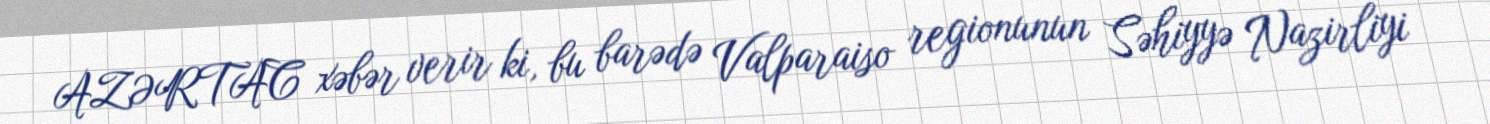
AZƏRTAC xəbər verir ki, bu barədə Valparaiso regionunun Səhiyyə Nazirliyi